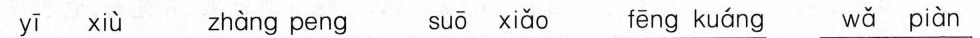
yī xiù zhàng peng suō xiǎo fēng kuáng wǎ piàn